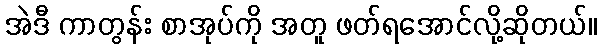
အဲဒီ ကာတွန်း စာအုပ်ကို အတူ ဖတ်ရအောင်လို့ဆိုတယ်။